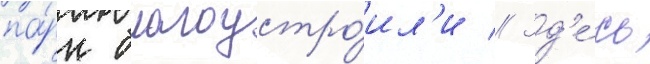
па́рк благоустро́ил'и // Зд'е́сь